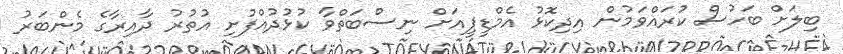
ބިލަށް ބަހުސް ކުރައްވަމުން އިދިކޮޅު އެމްޑީޕީއަށް ނިސްބަތްވާ ކުޅުދުއްފުށި އުތުރު ދާއިރާގެ މެންބަރު